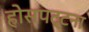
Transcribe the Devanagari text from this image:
होसपट्टना